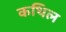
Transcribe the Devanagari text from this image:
कथिल